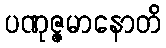
ပဏုဇ္ဇမာနောတိ